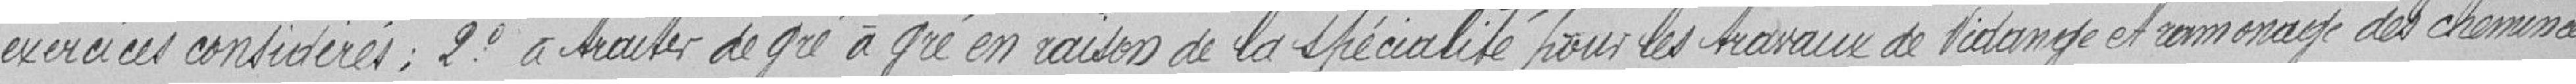
exercices considérés ; 2° à traiter de gré à gré en raison de la spécialité pour les travaux de vidange et de ramonage des cheminées.